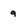
Character: 9